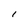
Character: 1